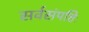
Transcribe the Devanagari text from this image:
सर्वसंपत्तिः